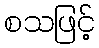
စသဖြင့်